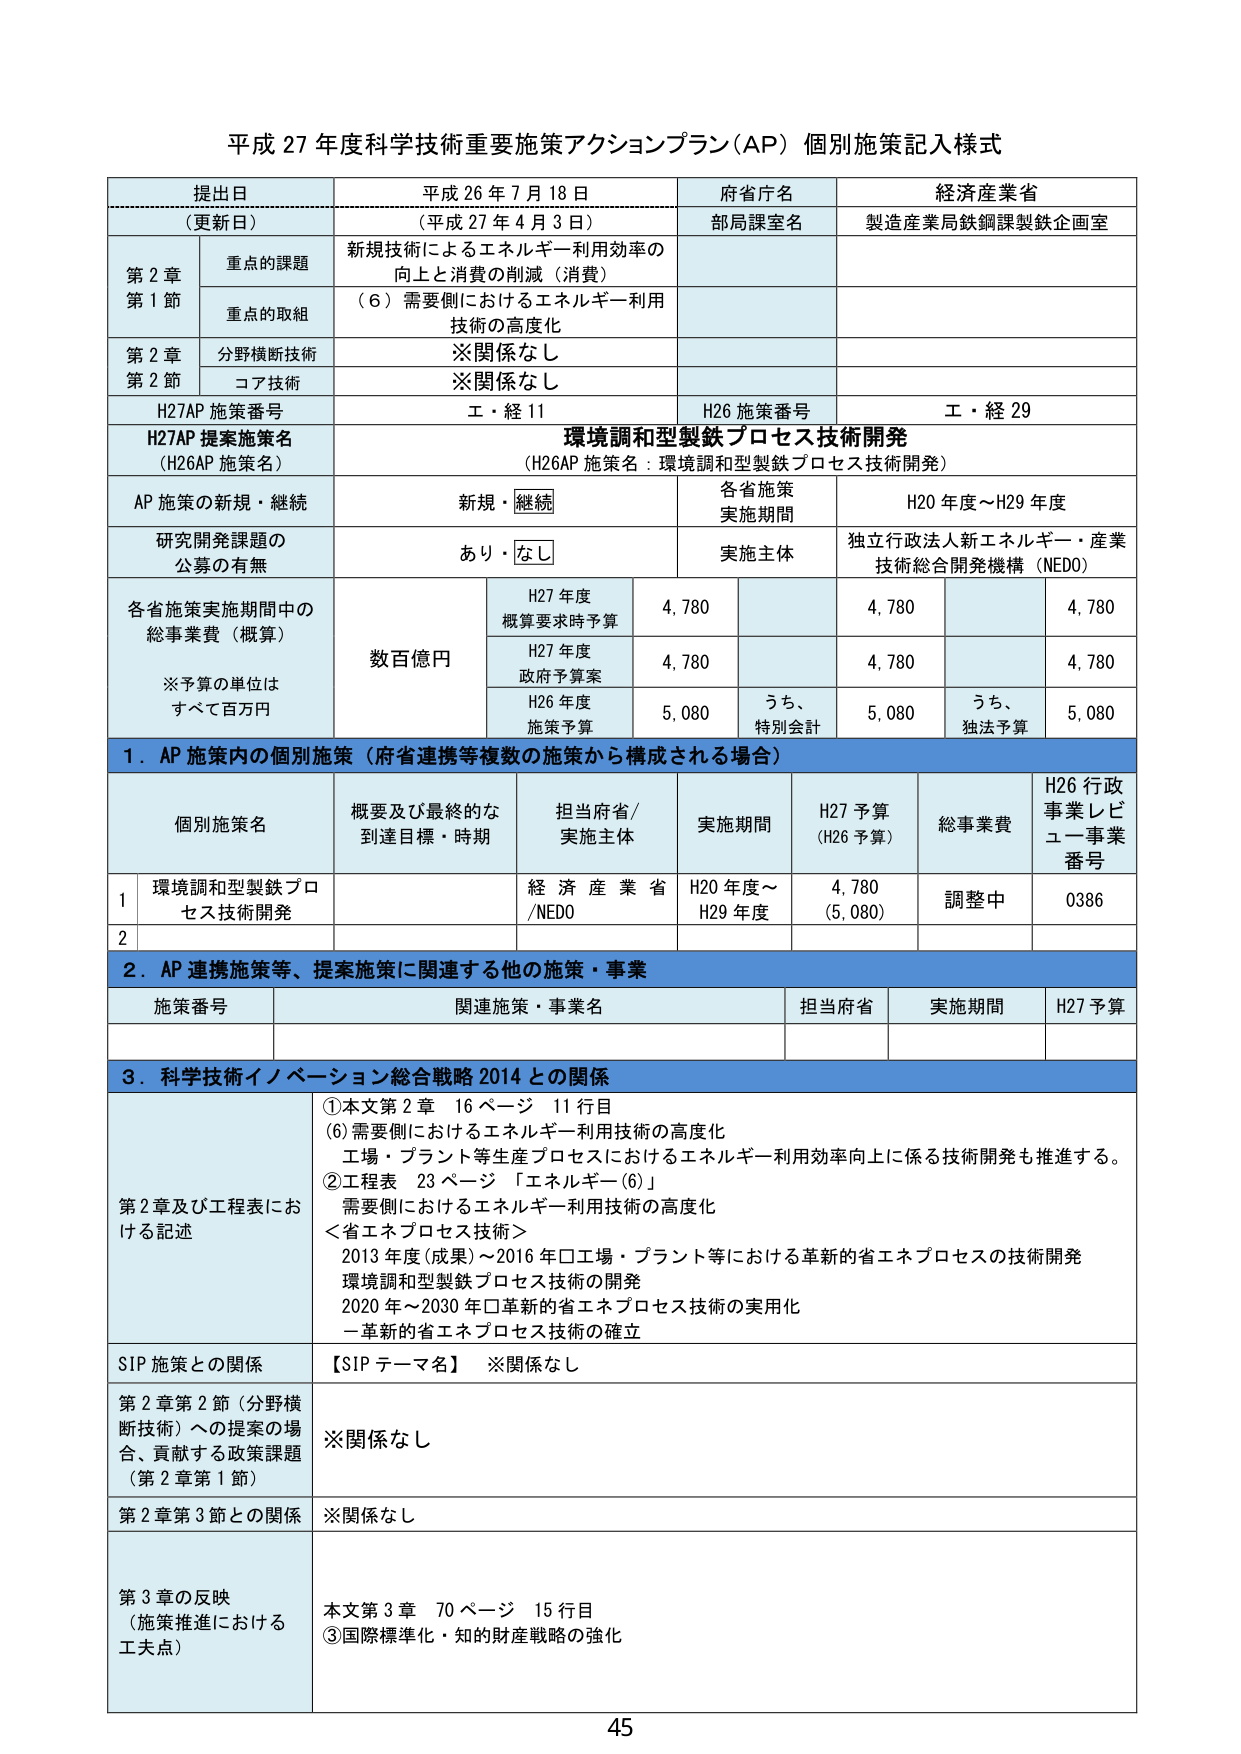
平成 27 年度科学技術重要施策アクションプラン（AP）個別施策記入様式

提出日
（更新日）
平成 26 年 7 月 18 日
（平成 27 年 4 月 3 日）

府省庁名
経済産業省

部局課室名
製造産業局鉄鋼課製鉄企画室

第 2 章
第 1 節
重点の課題
新規技術によるエネルギー利用効率の
向上と消費の削減（消費）

重点の取組
（6）需要側におけるエネルギー利用
技術の高度化

第 2 章
第 2 節
分野横断技術
※関係なし

コア技術
※関係なし

H27AP 施策番号
工・経 11

H26 施策番号
工・経 29

H27AP 提案施策名
（H26AP 施策名）
環境調和型製鉄プロセス技術開発
（H26AP 施策名：環境調和型製鉄プロセス技術開発）

AP 施策の新規・継続
新規・継続

各省施策
実施期間
H20 年度～H29 年度

研究開発課題の
公募の有無
あり・なし

実施主体
独立行政法人新エネルギー・産業
技術総合開発機構（NEDO）

各省施策実施期間中の
総事業費（概算）
※予算の単位は
すべて百万円
数百億円

H27 年度
概算要求時予算
4,780
4,780
4,780

H27 年度
政府予算案
4,780
4,780
4,780

H26 年度
施策予算
5,080
うち、
特別会計
5,080
うち、
独法予算
5,080

1．AP 施策内の個別施策（府省連携等複数の施策から構成される場合）

個別施策名
概要及び最終的な
到達目標・時期
担当府省/
実施主体
実施期間
H27 予算
（H26 予算）
総事業費
H26 行政
事業レビューア事業
番号

1
環境調和型製鉄プロ
セス技術開発
経済産業省
/NEDO
H20 年度～
H29 年度
4,780
（5,080）
調整中
0386

2

2．AP 連携施策等、提案施策に関連する他の施策・事業

施策番号
関連施策・事業名
担当府省
実施期間
H27 予算

3．科学技術イノベーション総合戦略 2014 との関係

第 2 章及び工程表にお
ける記述
①本文第 2 章 16 ページ 11 行目
（6）需要側におけるエネルギー利用技術の高度化
工場・プラント等生産プロセスにおけるエネルギー利用効率向上に係る技術開発も推進する。
②工程表 23 ページ 「エネルギー（6）」
需要側におけるエネルギー利用技術の高度化
＜省エネプロセス技術＞
2013 年度（成果）～2016 年口工場・プラント等における革新的省エネプロセスの技術開発
環境調和型製鉄プロセス技術の開発
2020 年～2030 年口革新的省エネプロセス技術の実用化
－革新的省エネプロセス技術の確立

SIP 施策との関係
【SIP テーマ名】 ※関係なし

第 2 章第 2 節（分野横断技術）への提案の場合、貢献する政策課題（第 2 章第 1 節）
※関係なし

第 2 章第 3 節との関係
※関係なし

第 3 章の反映
（施策推進における
工夫点）
本文第 3 章 70 ページ 15 行目
③国際標準化・知的財産戦略の強化

45